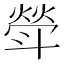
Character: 𣂈